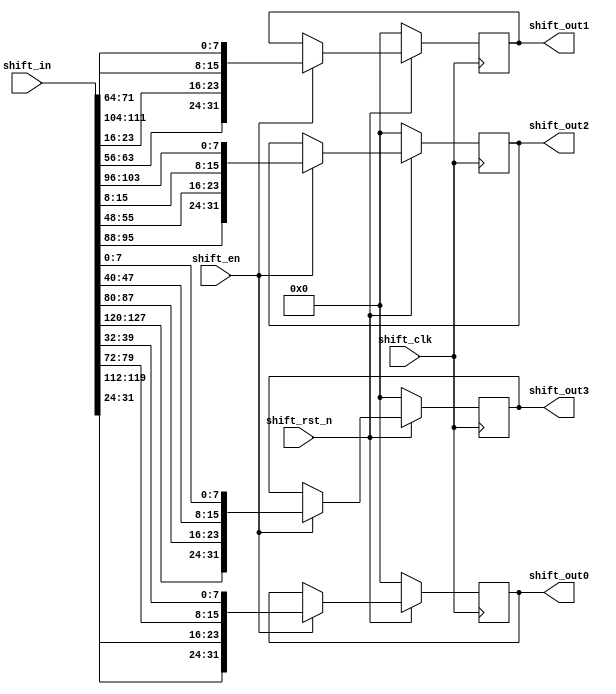
`timescale 1ns/1ps
////////////////////////////////////////////////////////////////////////
module ShiftRows32(
	input	[127:0]	shift_in,
	input			shift_clk,
	input			shift_rst_n,
	input			shift_en,
	output	[31:0]	shift_out3,
	output	[31:0]	shift_out2,
	output	[31:0]	shift_out1,
	output	[31:0]	shift_out0
);

wire	[7:0]	data_var0	=	shift_in[7:0]; 
wire	[7:0]	data_var1	=	shift_in[15:8];
wire	[7:0]	data_var2	=	shift_in[23:16];
wire	[7:0]	data_var3	=	shift_in[31:24];
wire	[7:0]	data_var4	=	shift_in[39:32];
wire	[7:0]	data_var5	=	shift_in[47:40];
wire	[7:0]	data_var6	=	shift_in[55:48];
wire	[7:0]	data_var7	=	shift_in[63:56];
wire	[7:0]	data_var8	=	shift_in[71:64];
wire	[7:0]	data_var9	=	shift_in[79:72];
wire	[7:0]	data_var10	=	shift_in[87:80];
wire	[7:0]	data_var11	=	shift_in[95:88];
wire	[7:0]	data_var12	=	shift_in[103:96];
wire	[7:0]	data_var13	=	shift_in[111:104];
wire	[7:0]	data_var14	=	shift_in[119:112];
wire	[7:0]	data_var15	=	shift_in[127:120];

wire	[7:0]	data_out_var15	=	data_var15	;
wire	[7:0]	data_out_var14	=	data_var10	;
wire	[7:0]	data_out_var13	=	data_var5	;
wire	[7:0]	data_out_var12	=	data_var0	;
wire	[7:0]	data_out_var11	=	data_var11	;
wire	[7:0]	data_out_var10	=	data_var6	;
wire	[7:0]	data_out_var9	=	data_var1	;
wire	[7:0]	data_out_var8	=	data_var12	;
wire	[7:0]	data_out_var7	=	data_var7	;
wire	[7:0]	data_out_var6	=	data_var2	;
wire	[7:0]	data_out_var5	=	data_var13	;
wire	[7:0]	data_out_var4	=	data_var8	;
wire	[7:0]	data_out_var3	=	data_var3	;
wire	[7:0]	data_out_var2	=	data_var14	;
wire	[7:0]	data_out_var1	=	data_var9	;
wire	[7:0]	data_out_var0	=	data_var4	;

reg [31:0] shift_out3_mid;
reg [31:0] shift_out2_mid;
reg [31:0] shift_out1_mid;
reg [31:0] shift_out0_mid;

    always@(posedge shift_clk)
        begin
            if(!shift_rst_n)
               begin
                  shift_out3_mid     <= 32'b0;
                  shift_out2_mid     <= 32'b0;
                  shift_out1_mid     <= 32'b0;     
				  shift_out0_mid     <= 32'b0;
               end   
            else if(shift_en)
               begin
                  shift_out3_mid     <= {data_out_var15, data_out_var14, data_out_var13, data_out_var12};
                  shift_out2_mid     <= {data_out_var11, data_out_var10, data_out_var9, data_out_var8};
                  shift_out1_mid     <= {data_out_var7, data_out_var6, data_out_var5, data_out_var4};     
				  shift_out0_mid     <= {data_out_var3, data_out_var2, data_out_var1, data_out_var0};
               end  
            else
               begin
                  shift_out3_mid     <= shift_out3_mid;
                  shift_out2_mid     <= shift_out2_mid;
                  shift_out1_mid     <= shift_out1_mid;     
				  shift_out0_mid     <= shift_out0_mid;
               end    
        end    


assign	shift_out3	=	shift_out3_mid;
assign	shift_out2	=	shift_out2_mid;
assign	shift_out1	=	shift_out1_mid;
assign	shift_out0	=	shift_out0_mid; 

endmodule